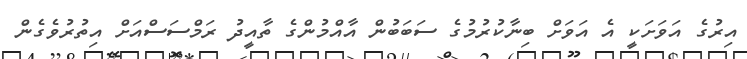
އިރުގެ އަވަށަކީ އެ އަވަށް ބިނާކުރުމުގެ ސަބަބުން އާއްމުންގެ ތާއީދު ރަމްސަސްއަށް އިތުރުވެގެން